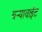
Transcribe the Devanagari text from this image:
बऱ्यावाईट